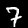
Digit: 7